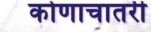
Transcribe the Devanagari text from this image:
कोणाचातरी